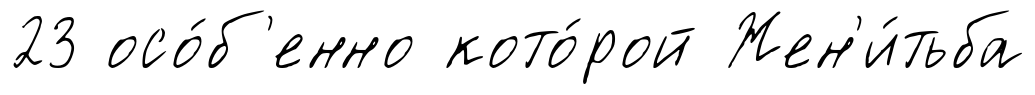
23 осо́б'енно кото́рой Жен'и́тьба